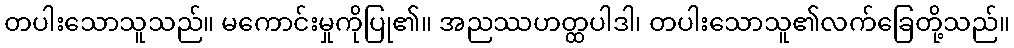
တပါးသောသူသည်။ မကောင်းမှုကိုပြု၏။ အညဿဟတ္ထပါဒါ၊ တပါးသောသူ၏လက်ခြေတို့သည်။